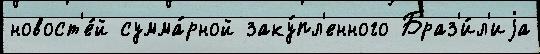
новост'е́й сумма́рной заку́пл'енного Браз'и́л'иjа